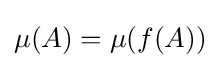
\mu (A)=\mu (f(A))